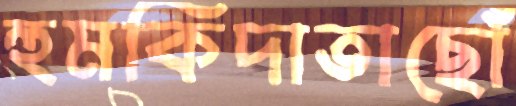
হুমকিদাতাছোঁ